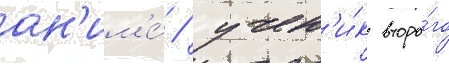
ан'им'е́ / учен'и́к второ́го